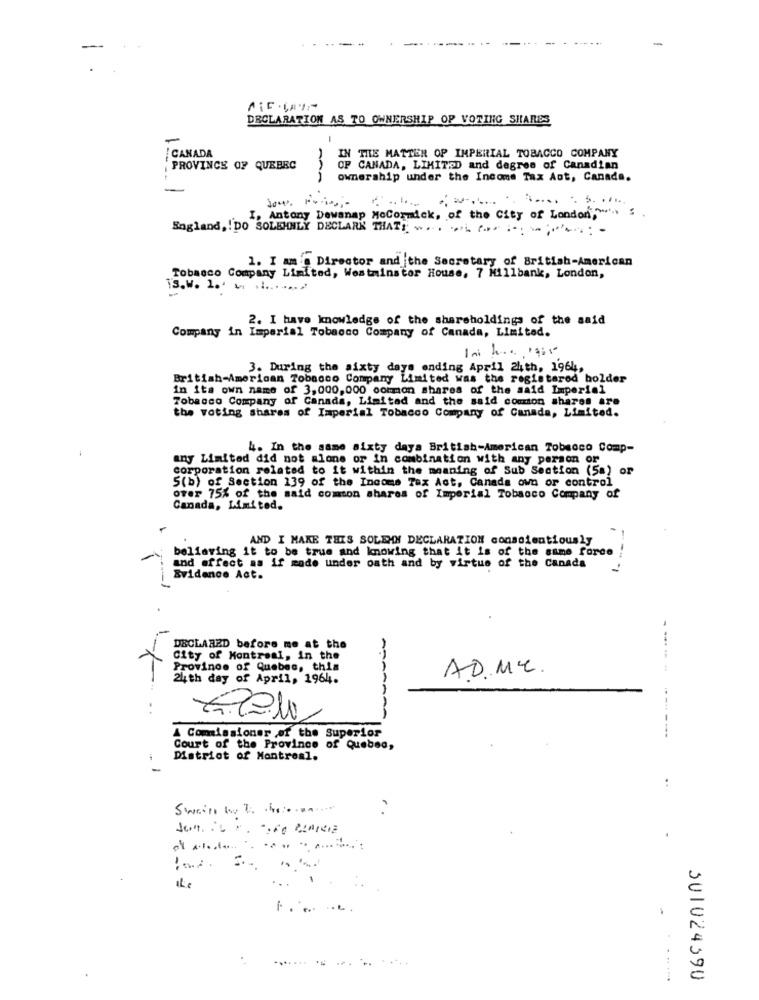
A¡E .ÇAI
DECLARATION AS TO OWNERSHIP OP VOTING SHARES
-
-
THE MATTER OP IMPERIAL TOBACCO COMPANY
CANADA
PROVINCE OF QUEBEC
OF CANADA, LIMITED and degree of Canadian
ownership under the Income Tax Ant, Canada.
I, Antony Dowanap MoCormick, of the City of London,"'
Sagland ,! DO SOLEMNLY DECLARK THAT! .... ..... .... ... ..: -
1. I am a Director and the Secretary of British-American
Tobacco Company Limited, Westminster House, 7 Millbank, London,
TS.W. 1. 2 .1 ......
2. I have knowledge of the shareholdings of the said
Company in Imperial Tobacco Company of Canada, Limited.
3. During the sixty days ending April 24th, 1964,
British-American Tobacco Company Limited was the registered holder
in its own name of 3,000,000 common shares of the said Imperial
Tobacco Company of Canada, Limitad and the said comton shares are
the voting shares of Imperial Tobacco Company of Canada, Limited.
4. In the same sixty days British-American Tobacco Comp-
any Limited did not alone or in combination with any person or
corporation related to it within the meaning of Sub Section (5a) or
S(b) of Section 139 of the Income Tax Act, Canada own or control
over 75% of the said comton shares of Imperial Tobacco Company of
Canada, Limited.
AND I MAKE THIS SOLEMN DECLARATION conscientiously
beliaring it to be true and knowing that it is of the same force
---
and effect as if mode under oath and by virtue of the Canada
Evidence Act.
DECLARED before me at the
City of Montreal, in the
Province of Quebec, this
AD.ME.
----
24th day of April, 1964.
SARAA
A Commissioner of the Superior
Court of the Province of Quebec,
District of Montreal.
..
Swains by to colorant
1
ILe
-
............ .......
301024390